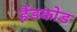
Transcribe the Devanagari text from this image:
हैंडकोड